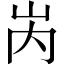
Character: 𡶀